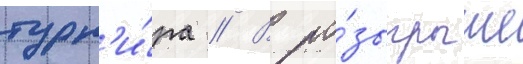
турн'и́ра // В ро́зыгрыше